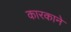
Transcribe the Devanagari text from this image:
कारकाने